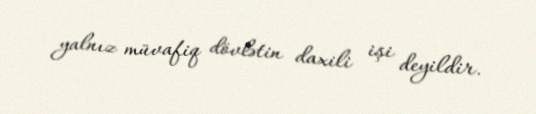
yalnız müvafiq dövlətin daxili işi deyildir.